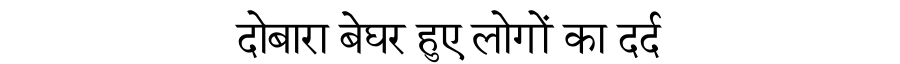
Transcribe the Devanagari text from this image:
दोबारा बेघर हुए लोगों का दर्द